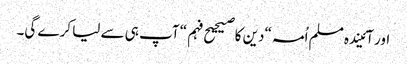
اور آئیندہ مسلم اُمہ “دین کا صیحیح فہم“ آپ ہی سے لیا کرے گی۔